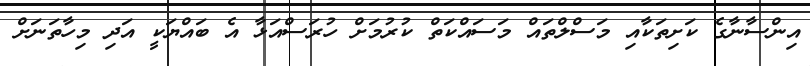
އިންސާނާގެ ކަށިތަކާއި މަސްލްތައް މަސައްކަތް ކުރުމަށް ހުރަސްއަޅާ އެ ބައްޔަކީ އަދި މިހާތަނަށް